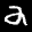
Label: 2